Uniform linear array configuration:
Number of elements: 12
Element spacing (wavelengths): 0.5
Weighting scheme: uniform
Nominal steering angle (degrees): -15
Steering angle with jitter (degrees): -16.46
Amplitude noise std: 0.05
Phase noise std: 0.05

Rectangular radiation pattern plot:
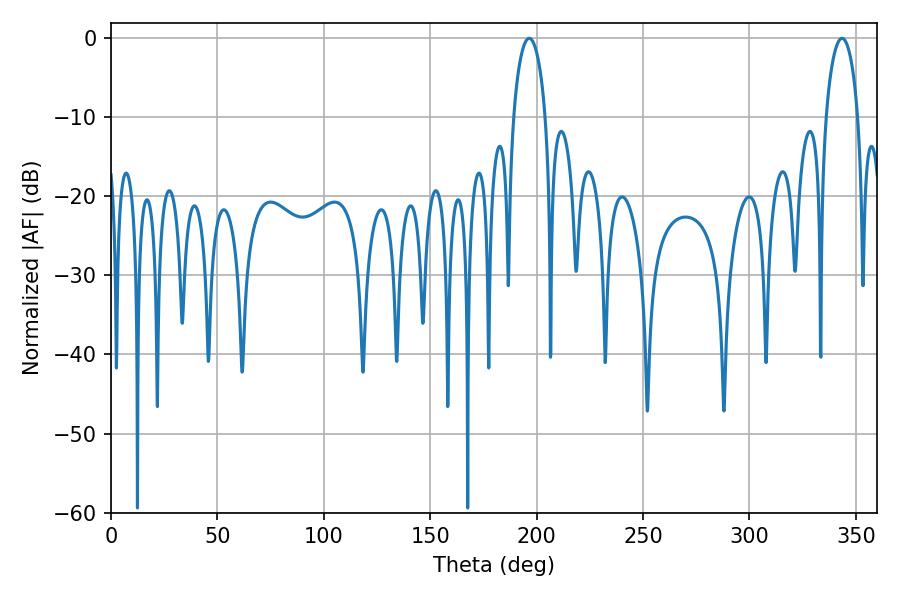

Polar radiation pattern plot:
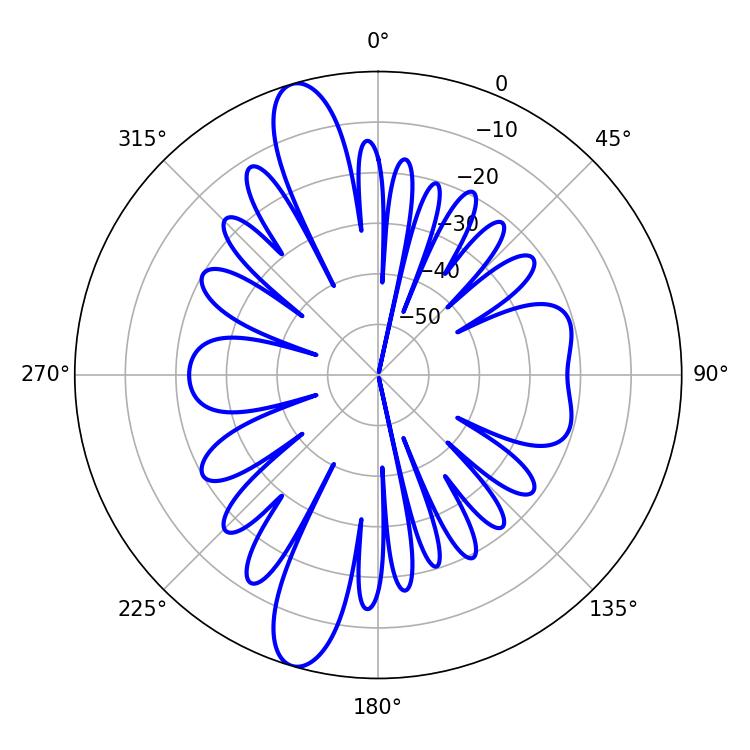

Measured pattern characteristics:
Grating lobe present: FALSE
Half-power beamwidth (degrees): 8.64
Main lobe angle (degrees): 196.56